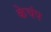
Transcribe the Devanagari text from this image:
केचंप